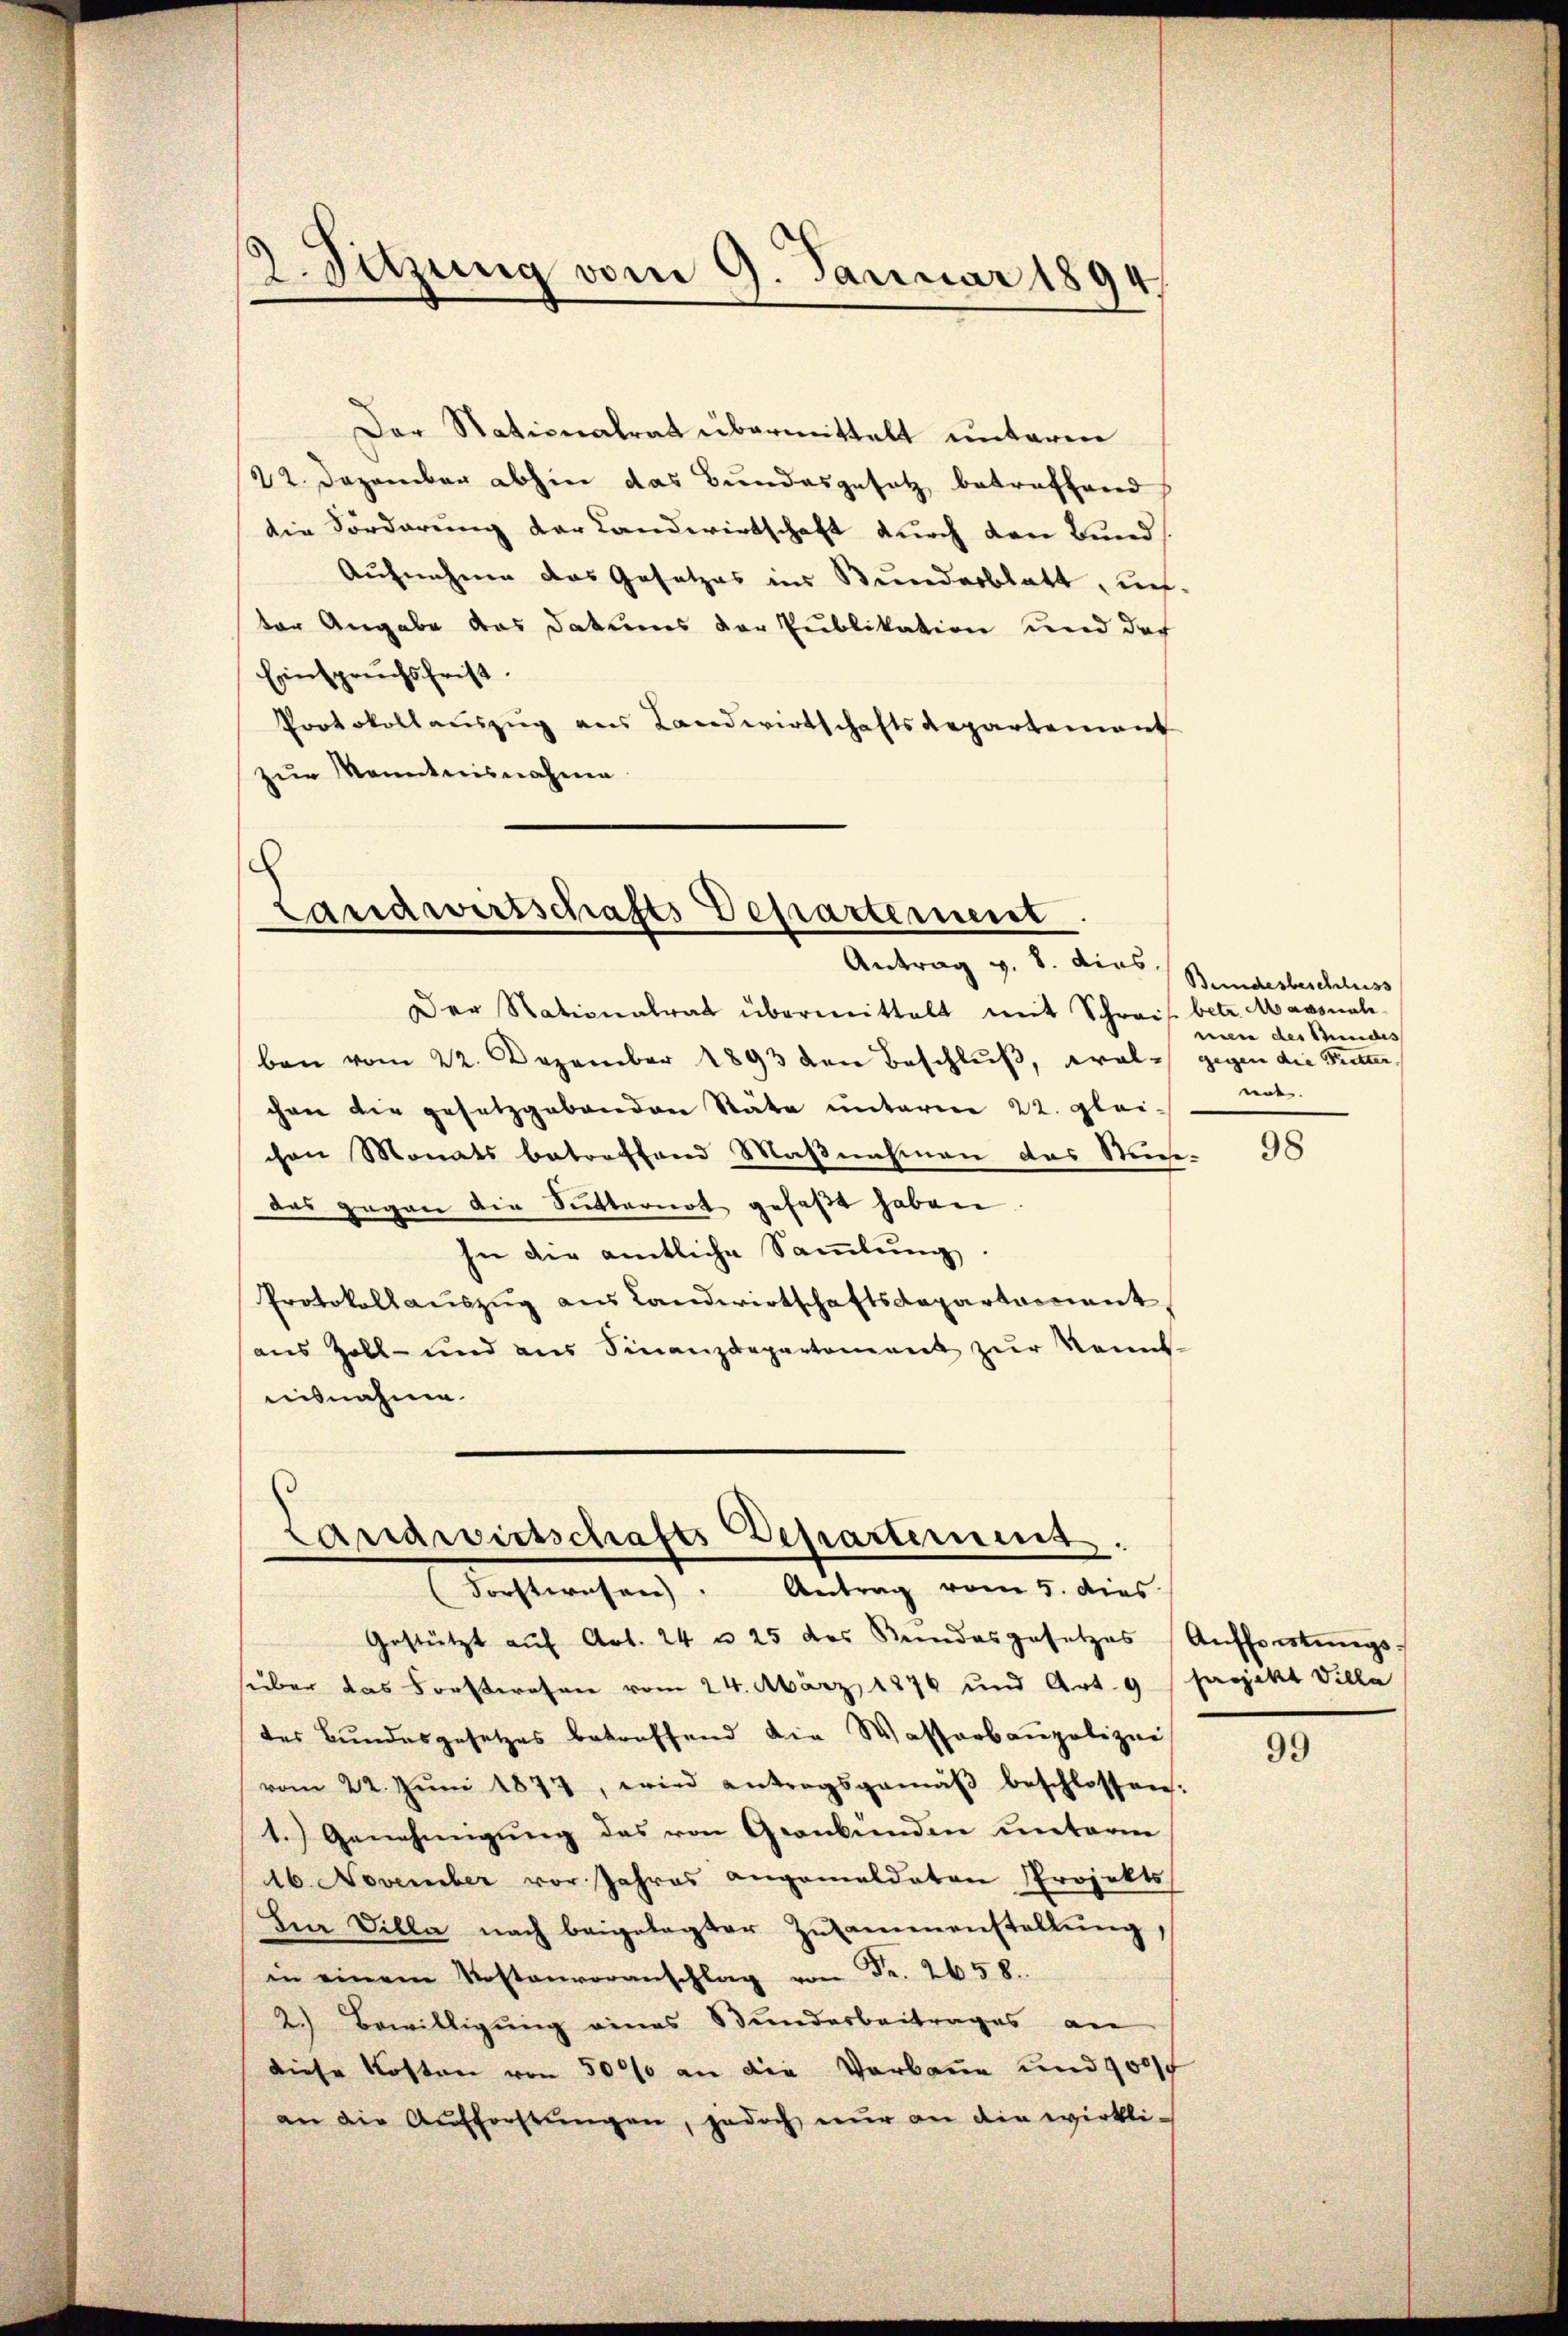
2. Sitzung vom 9. Januar 1894

Der Stationalrat übermittelt unterme
22. Dezember abhin das Bundesgesetz betreffend
die Förderung der Landwirtschaft durch den Bund
Aufnahme das Gesetzes ins Bunderblatt, unter Angabe das Datums der Publikation und der
Einspruchsfrist.
Protokollauszug aus Landwirtschaftsdepartement
zur Kenntnisnahme

Landwirtschafts Departement
Antrag v. 8. dies

Der Stationalrat übermittelt mit Schrais betr. Massnahben vom 22. Dezember 1893 den Beschlŭβ, wal-
chen die gesetzgebenden Stäte unterne 22. glei-
chen Monats betreffend Maßnahmen des Such-
das gegen die Sitternot gefaßt haben.
In die amtliche Sammlung
Protokollauszug aus Landwirtschaftsdepartament,
aus Zoll- und aus Finanzdepartement zŭr Kennt-
isnahme.

Landwirtschafts Departement
Forstwesen. Antrag vom 5. dies

Gestützt aŭf Art. 24 u 25 des Kundesgesetzes Aŭffütŭngs-
süber das Forstwesen vom 24. März 1876 und Art. 9 (haojekt Villa
des Bundesgesetzes betreffend die Wasserbaupolizie
vom 22. Jŭni 1877, wird antragsgemäβ beschlossen.
1.) Genehmigung des von Graubünden unterm
16. November vor Jahres angemeldeten Projekts,
Ben Dilla nach beigelegter Zusammenstellŭng,
in einem Kostenvoranschlag von Fr. 2058.
2.) Bewilligung eines Bundesbeitrages an
diese Kosten von 5000 an die Verbaue und 900
an die Aufforstŭngen, jedoch nur an die wirkli-

Bundesbeschluss
nin des Kindes
gegen die Pretter,
nnt.

98

99